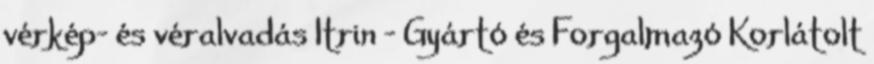
vérkép- és véralvadás Itrin - Gyártó és Forgalmazó Korlátolt